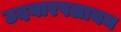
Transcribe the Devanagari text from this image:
उदयारपलायम